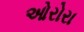
ઓરોરા